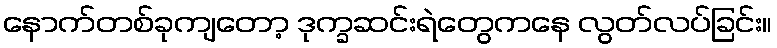
နောက်တစ်ခုကျတော့ ဒုက္ခဆင်းရဲတွေကနေ လွတ်လပ်ခြင်း။